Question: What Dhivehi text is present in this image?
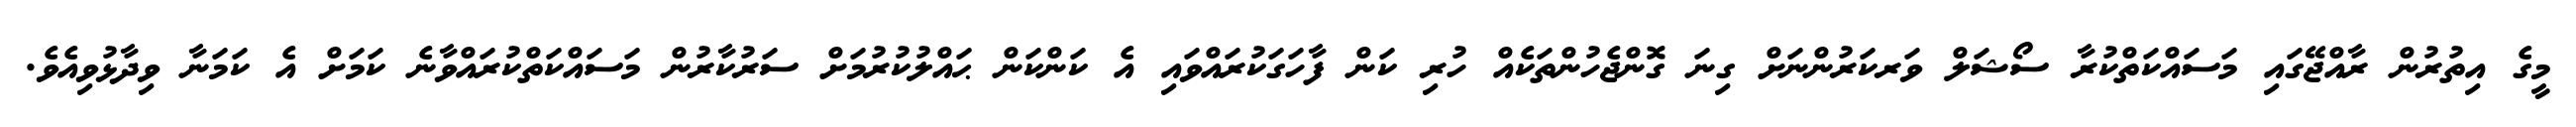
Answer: މީގެ އިތުރުން ރާއްޖޭގައި މަސައްކަތްކުރާ ސޯޝަލް ވަރކަރުންނަށް ގިނަ ގޮންޖެހުންތަކެއް ހުރި ކަން ފާހަގަކުރައްވައި އެ ކަންކަން ޙައްލުކުރުމަށް ސަރުކާރުން މަސައްކަތްކުރައްވާނެ ކަމަށް އެ ކަމަނާ ވިދާޅުވިއެވެ.